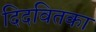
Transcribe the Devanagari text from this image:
दिदवितका